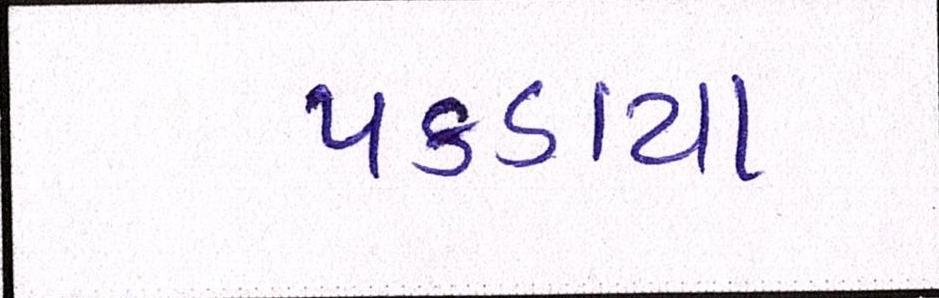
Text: પકડાયા